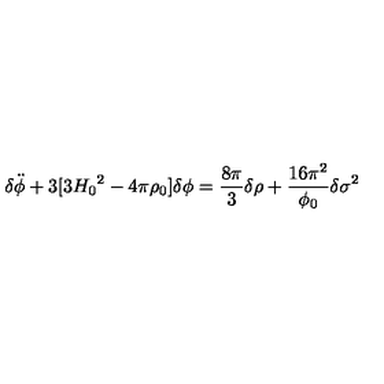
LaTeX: { \delta } \ddot { \phi } + 3 [ 3 { H _ { 0 } } ^ { 2 } - 4 { \pi } { \rho } _ { 0 } ] { \delta } { \phi } = \frac { 8 { \pi } } { 3 } { \delta } { \rho } + \frac { 1 6 { \pi } ^ { 2 } } { { \phi } _ { 0 } } { \delta } { { \sigma } ^ { 2 } }